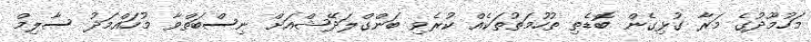
މަހުމޫދުގެ މަރާ ގުޅިގެން ބޮޑެތި ތުހުމަތުތަކެއް ކުރެވި ބަންގްލަދޭޝްއަށް ނިސްބަތްވާ މުހައްމަދު ސާލިމް